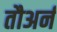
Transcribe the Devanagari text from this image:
तौअर्न